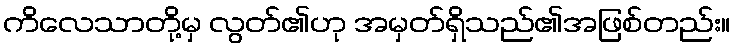
ကိလေသာတို့မှ လွတ်၏ဟု အမှတ်ရှိသည်၏အဖြစ်တည်း။